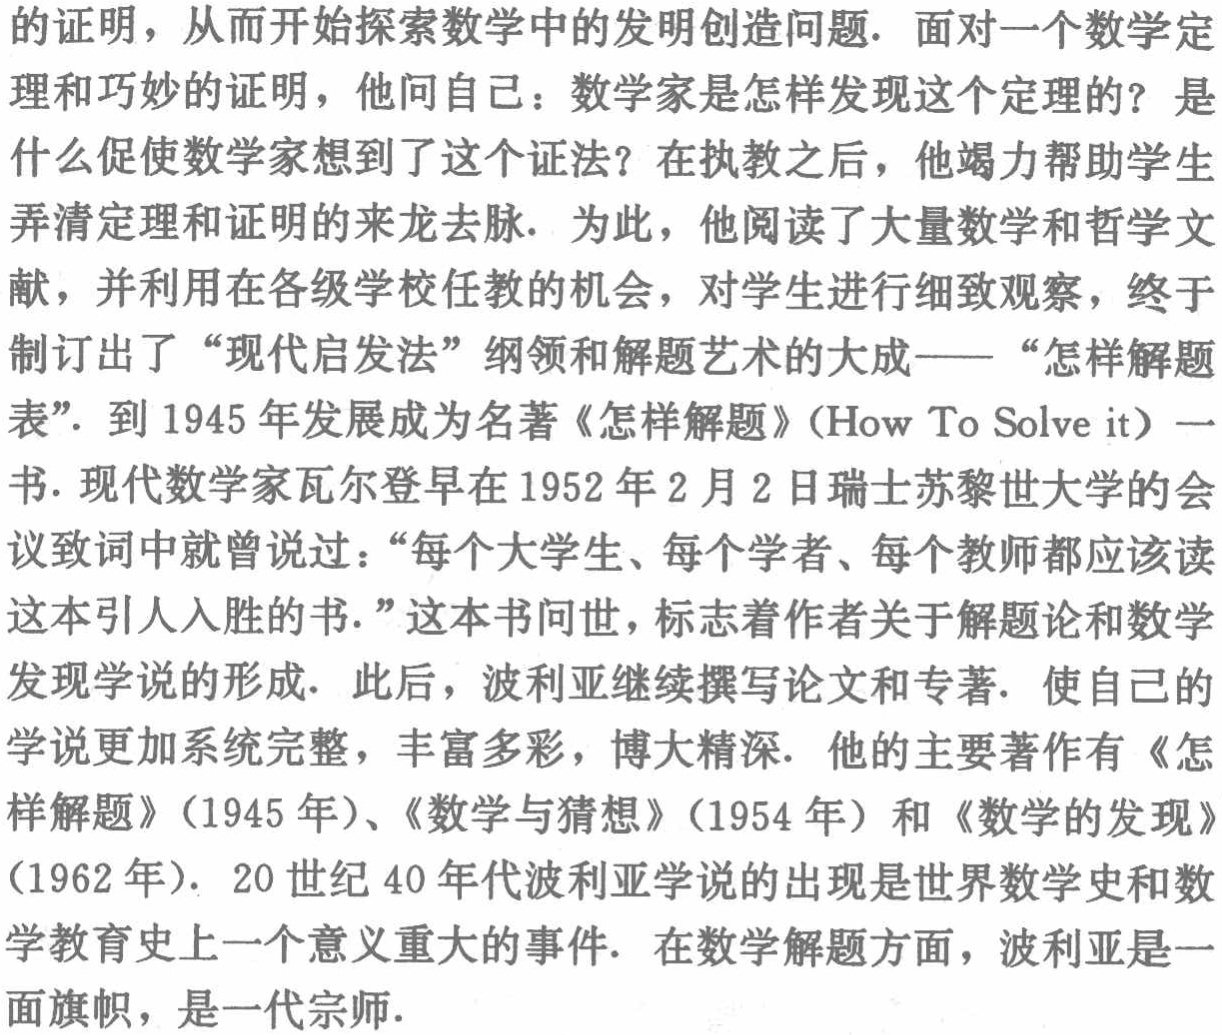
的证明，从而开始探索数学中的发明创造问题. 面对一个数学定理和巧妙的证明，他问自己：数学家是怎样发现这个定理的？是什么促使数学家想到了这个证法？在执教之后，他竭力帮助学生弄清定理和证明的来龙去脉. 为此，他阅读了大量数学和哲学文献，并利用在各级学校任教的机会，对学生进行细致观察，终于制订出了“现代启发法”纲领和解题艺术的大成——“怎样解题表”. 到1945年发展成为名著《怎样解题》(How To Solve it) 一书. 现代数学家瓦尔登早在1952年2月2日瑞士苏黎世大学的会议致词中就曾说过：“每个大学生、每个学者、每个教师都应该读这本引人入胜的书.”这本书问世，标志着作者关于解题论和数学发现学说的形成. 此后，波利亚继续撰写论文和专著. 使自己的学说更加系统完整，丰富多彩，博大精深. 他的主要著作有《怎样解题》(1945年)、《数学与猜想》(1954年) 和《数学的发现》(1962年). 20世纪40年代波利亚学说的出现是世界数学史和数学教育史上一个意义重大的事件. 在数学解题方面，波利亚是一面旗帜，是一代宗师.